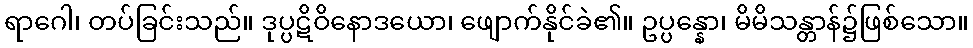
ရာဂေါ၊ တပ်ခြင်းသည်။ ဒုပ္ပဋိဝိနောဒယော၊ ဖျောက်နိုင်ခဲ၏။ ဥပ္ပန္နော၊ မိမိသန္တာန်၌ဖြစ်သော။